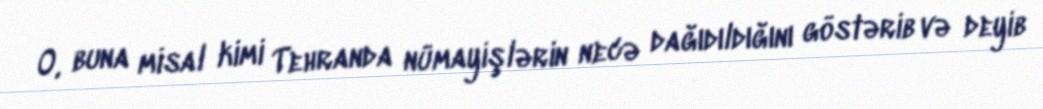
O, buna misal kimi Tehranda nümayişlərin necə dağıdıldığını göstərib və deyib